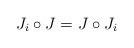
LaTeX: \begin{align*}J_i\circ J = J\circ J_i\end{align*}